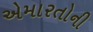
એમારતોની